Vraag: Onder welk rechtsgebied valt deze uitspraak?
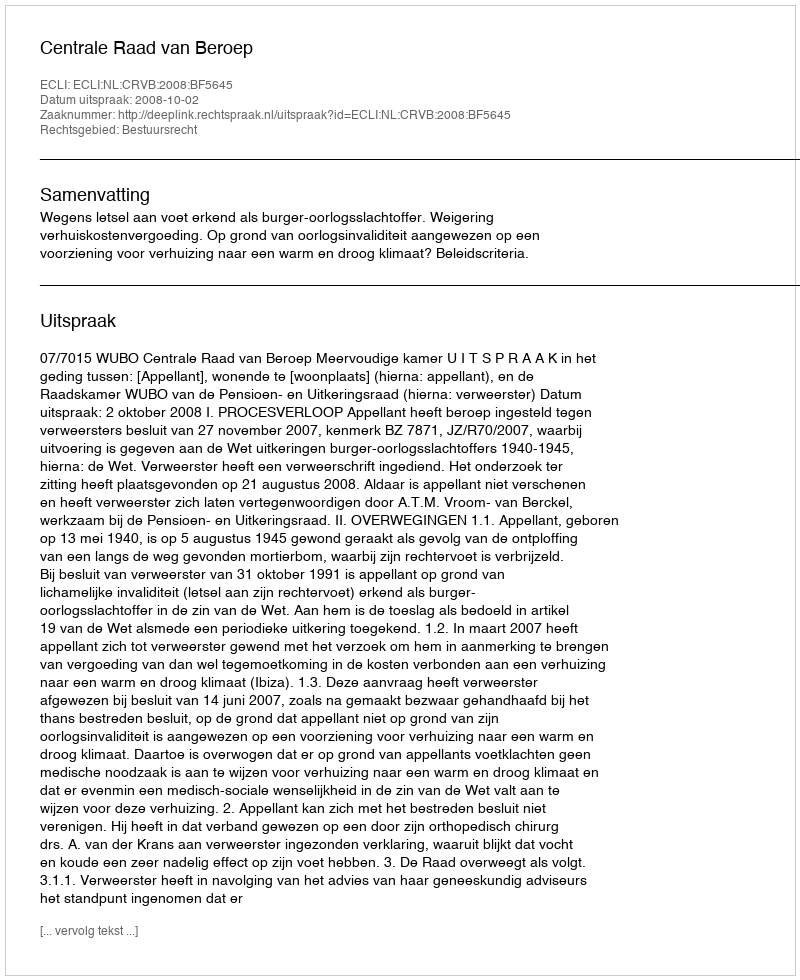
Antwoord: Bestuursrecht